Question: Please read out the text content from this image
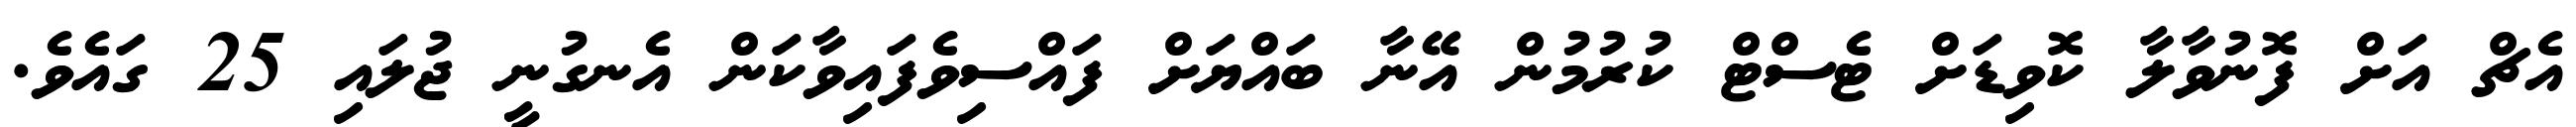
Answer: އެޗް އަށް ފޮނުވާލާ ކޮވިޑަށް ޓެސްޓް ކުރުމުން އޭނާ ބައްޔަށް ފައްސިވެފައިވާކަން އެނގުނީ ޖުލައި 25 ގައެވެ.